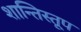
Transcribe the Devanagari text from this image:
शान्तिस्‍तूप